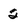
Character: 2